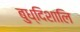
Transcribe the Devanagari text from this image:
बुध्दिशालि